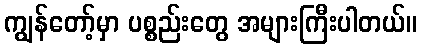
ကျွန်တော့်မှာ ပစ္စည်းတွေ အများကြီးပါတယ်။